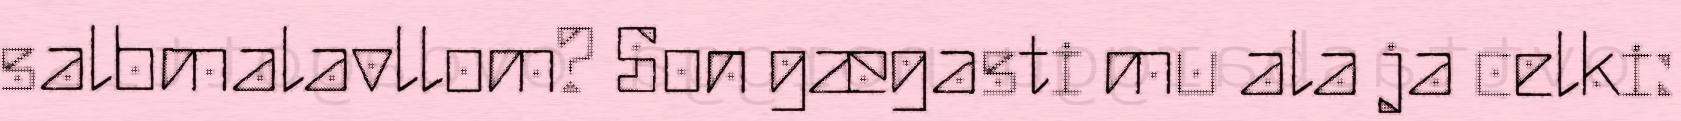
salbmalavllom? Son gægasti mu ala ja celki: